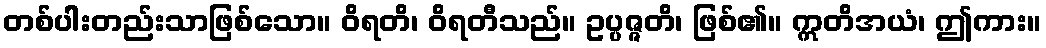
တစ်ပါးတည်းသာဖြစ်သော။ ဝိရတိ၊ ဝိရတီသည်။ ဥပ္ပဇ္ဇတိ၊ ဖြစ်၏။ ဣတိအယံ၊ ဤကား။